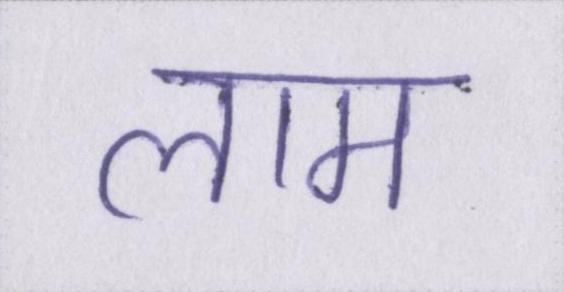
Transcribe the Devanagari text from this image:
लाम